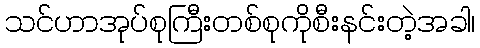
သင်ဟာအုပ်စုကြီးတစ်စုကိုစီးနင်းတဲ့အခါ၊